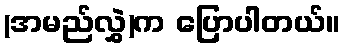
(အမည်လွှဲ)က ပြောပါတယ်။